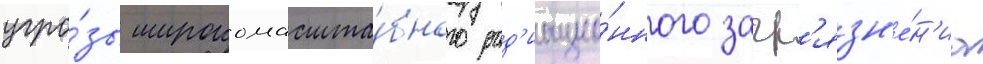
угро́зы широкомасшта́бного рад'иацио́нного загр'язн'е́н'иа